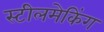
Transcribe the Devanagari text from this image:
स्टीलमेकिंग